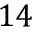
1 4